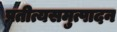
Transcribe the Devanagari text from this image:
प्रतीत्यसमुत्पादन